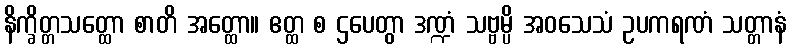
နိက္ခိတ္တသတ္ထော စာတိ အတ္ထော။ ဧတ္ထ စ ဌပေတွာ ဒဏ္ဍံ သဗ္ဗမ္ပိ အဝသေသံ ဥပကရဏံ သတ္တာနံ